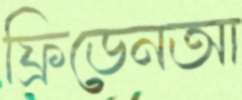
ফ্রিডেনআ